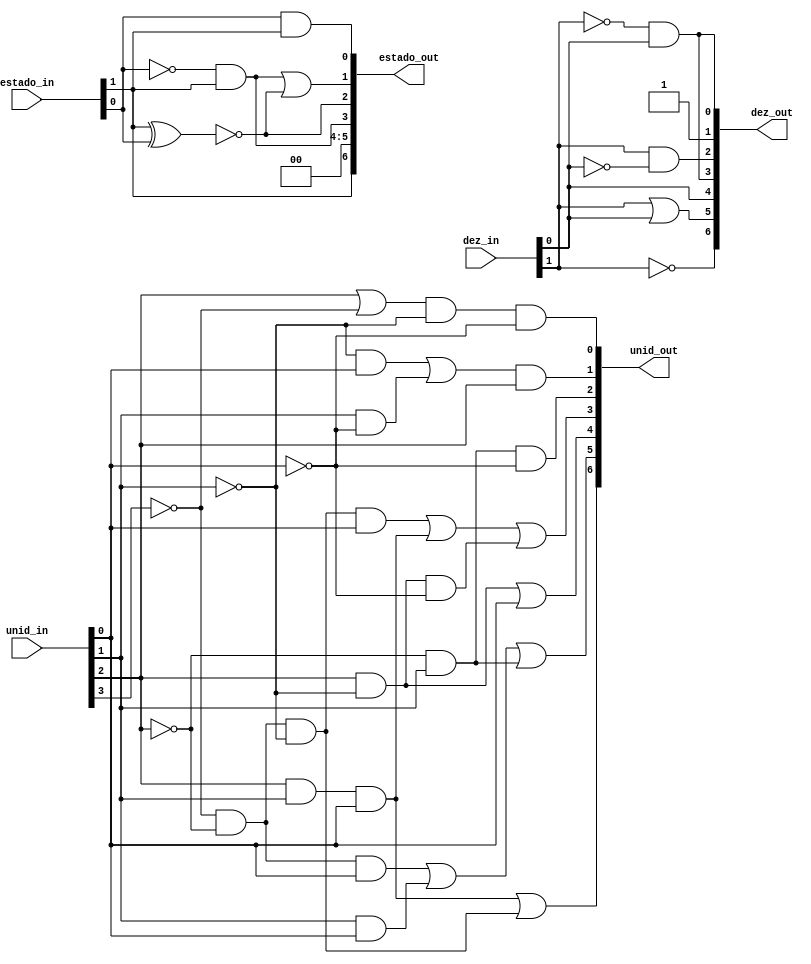
module decodificadores(estado_in,unid_in,dez_in,unid_out,dez_out,estado_out);
	input [1:0]estado_in,dez_in;
	input [3:0]unid_in;
	output [6:0]dez_out,unid_out,estado_out;
	wire [14:0]aux;
	
	//Decodificador estado
	// Estado a
	and(estado_out[0],estado_in[0],estado_in[1]);
	// Estado b
	xnor(aux[13],estado_in[1],estado_in[0]);
	and(aux[14],!estado_in[0],estado_in[1]);
	or(estado_out[1],aux[14],aux[13]);
	// Estado c
	xnor(estado_out[2],estado_in[0],estado_in[1]);
	// Estado d
	and(estado_out[3],!estado_in[0],estado_in[1]);
	// Estado e
	and(estado_out[4],estado_in[0],!estado_in[0]);
	// Estado f
	and(estado_out[5],estado_in[0],!estado_in[0]);
	// Estado g
	and(estado_out[6],estado_in[1],estado_in[1]);
	
	// Decodificador Num 2 bits
	// Dez a
	and(dez_out[0],!dez_in[1],dez_in[0]);
	// Dez b
	or(dez_out[1],!dez_in[0],dez_in[0]);
	// Dez c
	and(dez_out[2],dez_in[1],!dez_in[0]);
	// Dez d
	and(dez_out[3],!dez_in[1],dez_in[0]);
	// Dez e
	and(dez_out[4],dez_in[0],dez_in[0]);
	// Dez f
	or(dez_out[5],dez_in[1],dez_in[0]);
	// Dez g
	not(dez_out[6],dez_in[1]);
	
	// Decodificador Num 4 bits
	// Dez a
	or(aux[0],unid_in[2],!unid_in[3]);
	and(unid_out[0],aux[0],!unid_in[1],!unid_in[0]);
	
	// Dez b
	and(aux[1],!unid_in[1],unid_in[0]);
	and(aux[2],unid_in[1],!unid_in[0]);
	or(aux[3],aux[1],aux[2]);
	and(unid_out[1],aux[3],unid_in[2]);
	
	// Dez c
	and(unid_out[2],!unid_in[2],unid_in[1],!unid_in[0]);
	
	// Dez d
	and(aux[4],!unid_in[3],!unid_in[2],!unid_in[1],unid_in[0]);
	and(aux[5],unid_in[2],unid_in[1],unid_in[0]);
	and(aux[6],unid_in[2],!unid_in[1],!unid_in[0]);
	or(unid_out[3],aux[4],aux[5],aux[6]);
	
	// Dez e
	and(aux[7],!unid_in[1],unid_in[2]);
	or(unid_out[4],aux[7],unid_in[0]);
	
	// Dez f
	and(aux[8],!unid_in[3],!unid_in[2],unid_in[0]);
	and(aux[9],unid_in[1],unid_in[0]);
	and(aux[10],!unid_in[2],unid_in[1]);
	or(unid_out[5],aux[8],aux[9],aux[10]);
	
	// Dez g - g=A'B'C' + BCD
	and(aux[11],unid_in[2],unid_in[1],unid_in[0]);
	and(aux[12],!unid_in[3],!unid_in[2],!unid_in[1]);
	or(unid_out[6],aux[11],aux[12]);
	
	
endmodule